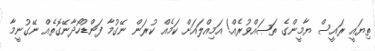
ތިޔައީ ރައީސް ޔާމީންގެ ތަޞައްވުރެއް! އަމިއްލައަށް ކަމެއް ކުރަން ނޭގުމާ ފަންޑުހޯދާނޭގޮތެއް ނޭގުނީމާ